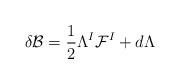
LaTeX: \begin{align*}\delta {\cal B} = \frac12 \Lambda^I {\cal F}^I + d \Lambda\end{align*}